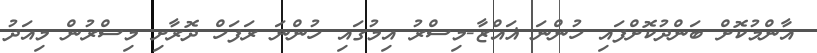
އާންމުކޮށް ބަންދުކޮށްފައި ހުންނަ ޣައްޒާ-މިސްރު އިމުގައި ހުންނަ ރަފަހް ދޮރާށި މިސްރުން މިއަދު